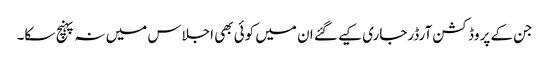
جن کے پروڈکشن آرڈرجاری کیے گئے ان میں کوئی بھی اجلاس میں نہ پہنچ سکا۔